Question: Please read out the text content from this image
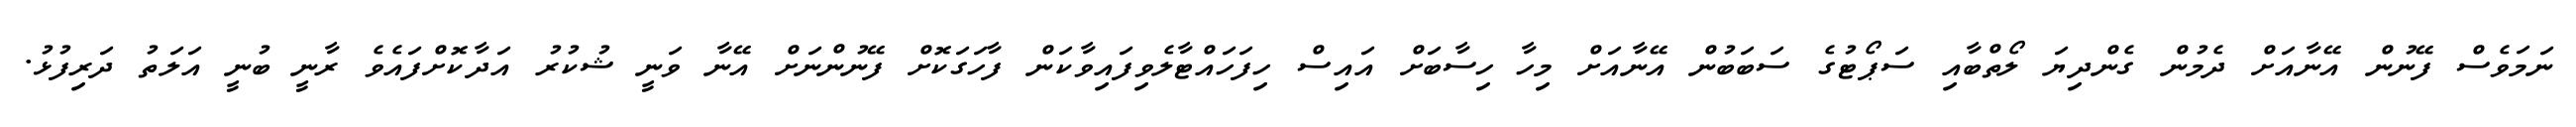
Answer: ނަމަވެސް ފޭނުން އޭނާއަށް ދެމުން ގެންދިޔަ ލޯތްބާއި ސަޕޯޓުގެ ސަބަބުން އޭނާއަށް މިހާ ހިސާބަށް އައިސް ހިފަހައްޓާލެވިފައިވާކަން ފާހަގަކޮށް ފޭނުންނަށް އޭނާ ވަނީ ޝުކުރު އަދާކޮށްފައެވެ ރާނީ ބުނީ އަލަތު ދަރިފުޅު.